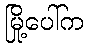
မြို့ပေါ်က